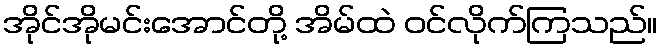
အိုင်အိုမင်းအောင်တို့ အိမ်ထဲ ဝင်လိုက်ကြသည်။